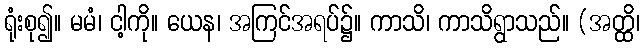
ရုံးစု၍။ မမံ၊ ငါ့ကို။ ယေန၊ အကြင်အရပ်၌။ ကာသိ၊ ကာသိရွာသည်။ (အတ္ထိ၊